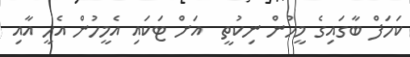
ކަހަފް ބާގައިގެ މީހުން ނިކުތީ  އަށް ޓަކައި އެމީހުން އެހީ އާއި